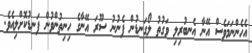
އެހެންނަމަވެސް އޭނާ އެނބުރިލި ވަގުތު ލޯގަނޑުން ފެނުނު ސޫރަ އޭނާގެ ހިނިތުންވުން ފަނޑުކޮށްލިއެވެ.